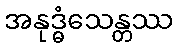
အနုဒ္ဓံသေန္တဿ